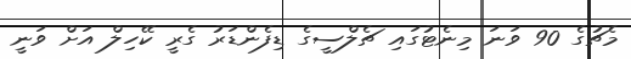
މެޗުގެ 90 ވަނަ މިނެޓުގައި ޗެލްސީގެ ޑިފެންޑަރު ގެރީ ކޭހިލް އަށް ވަނީ